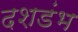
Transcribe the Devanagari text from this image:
दशडंभ